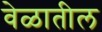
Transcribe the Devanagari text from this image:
वेळातील